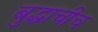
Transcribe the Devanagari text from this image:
बुद्धाचीच